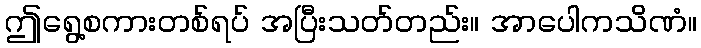
ဤရွေ့စကားတစ်ရပ် အပြီးသတ်တည်း။ အာပေါကသိဏံ။